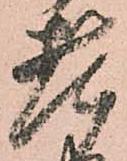
老